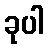
ခုပါ